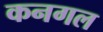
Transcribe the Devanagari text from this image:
कनगल